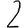
Digit: 2